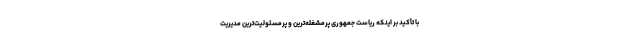
با تأکید بر اینکه ریاست جمهوری پُرمشغله‌ترین و پُرمسئولیت‌ترین مدیریت